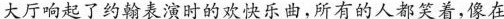
大厅响起了约翰的表演时的欢快乐曲，所有的人都笑着，像在